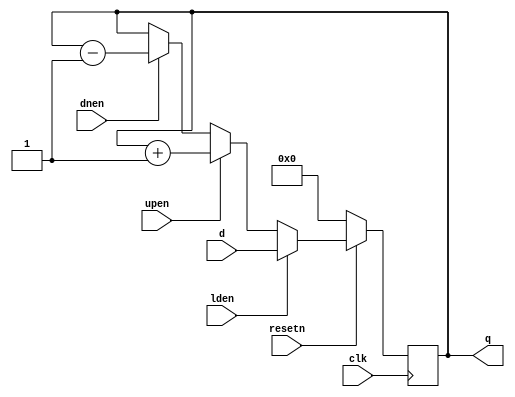
//-----------------------------------------------------------------------------
// Title         : L4_updown - Up/Down counter
// Project       : L4 - Maze Routing Accelerator
//-----------------------------------------------------------------------------
//-----------------------------------------------------------------------------
// Description :
// Simple up/down counter used during backtrace.
//-----------------------------------------------------------------------------
// Copyright (c) 2004 by Lafayette College This model is the confidential and
// proprietary property of Lafayette College and the possession or use of this
// file requires a written license from Lafayette College.
//------------------------------------------------------------------------------
// Modification history :
// 19.07.2004 : created
//-----------------------------------------------------------------------------


module L4_updown(clk, resetn, lden, upen, dnen, d, q);
    parameter NBITS=8;
    input  clk;
    input  resetn;
    input  lden;
    input  upen;
    input  dnen;
    input  [NBITS-1:0] d;
    output [NBITS-1:0] q;

    reg    [NBITS-1:0] q;

    always @(posedge clk)
        if (!resetn) q <= { NBITS{1'b0} };
        else if (lden) q <= d;
        else if (upen) q <= q + 1;
        else if (dnen) q <= q - 1;
endmodule